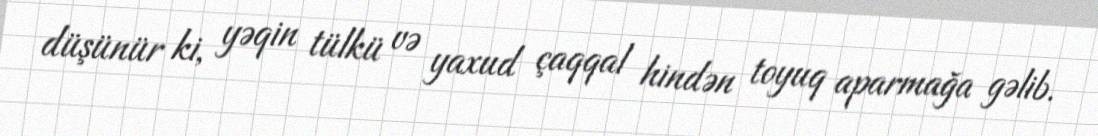
düşünür ki, yəqin tülkü və yaxud çaqqal hindən toyuq aparmağa gəlib.